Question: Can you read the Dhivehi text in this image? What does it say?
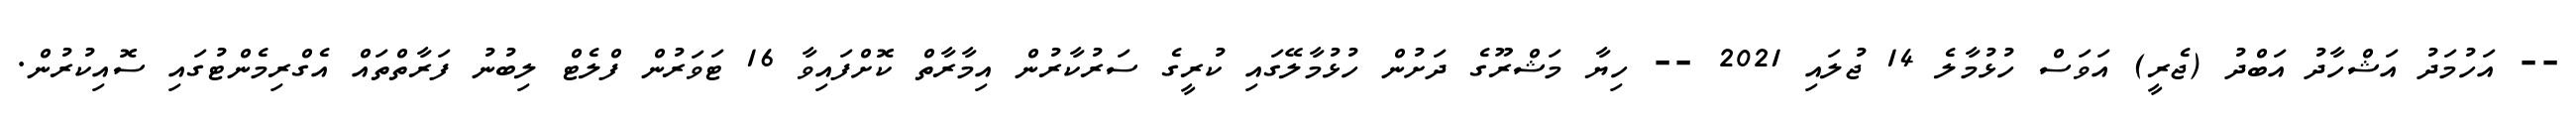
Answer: -- އަހުމަދު އަޝްހާދު އަބްދު (ޖެރީ) އަވަސް ހުޅުމާލެ 14 ޖުލައި 2021 -- ހިޔާ މަޝްރޫގެ ދަށުން ހުޅުމާލޭގައި ކުރީގެ ސަރުކާރުން އިމާރާތް ކޮށްފައިވާ 16 ޓަވަރުން ފްލެޓް ލިބުނު ފަރާތްތައް އެގްރިމެންޓުގައި ސޮއިކުރުން.